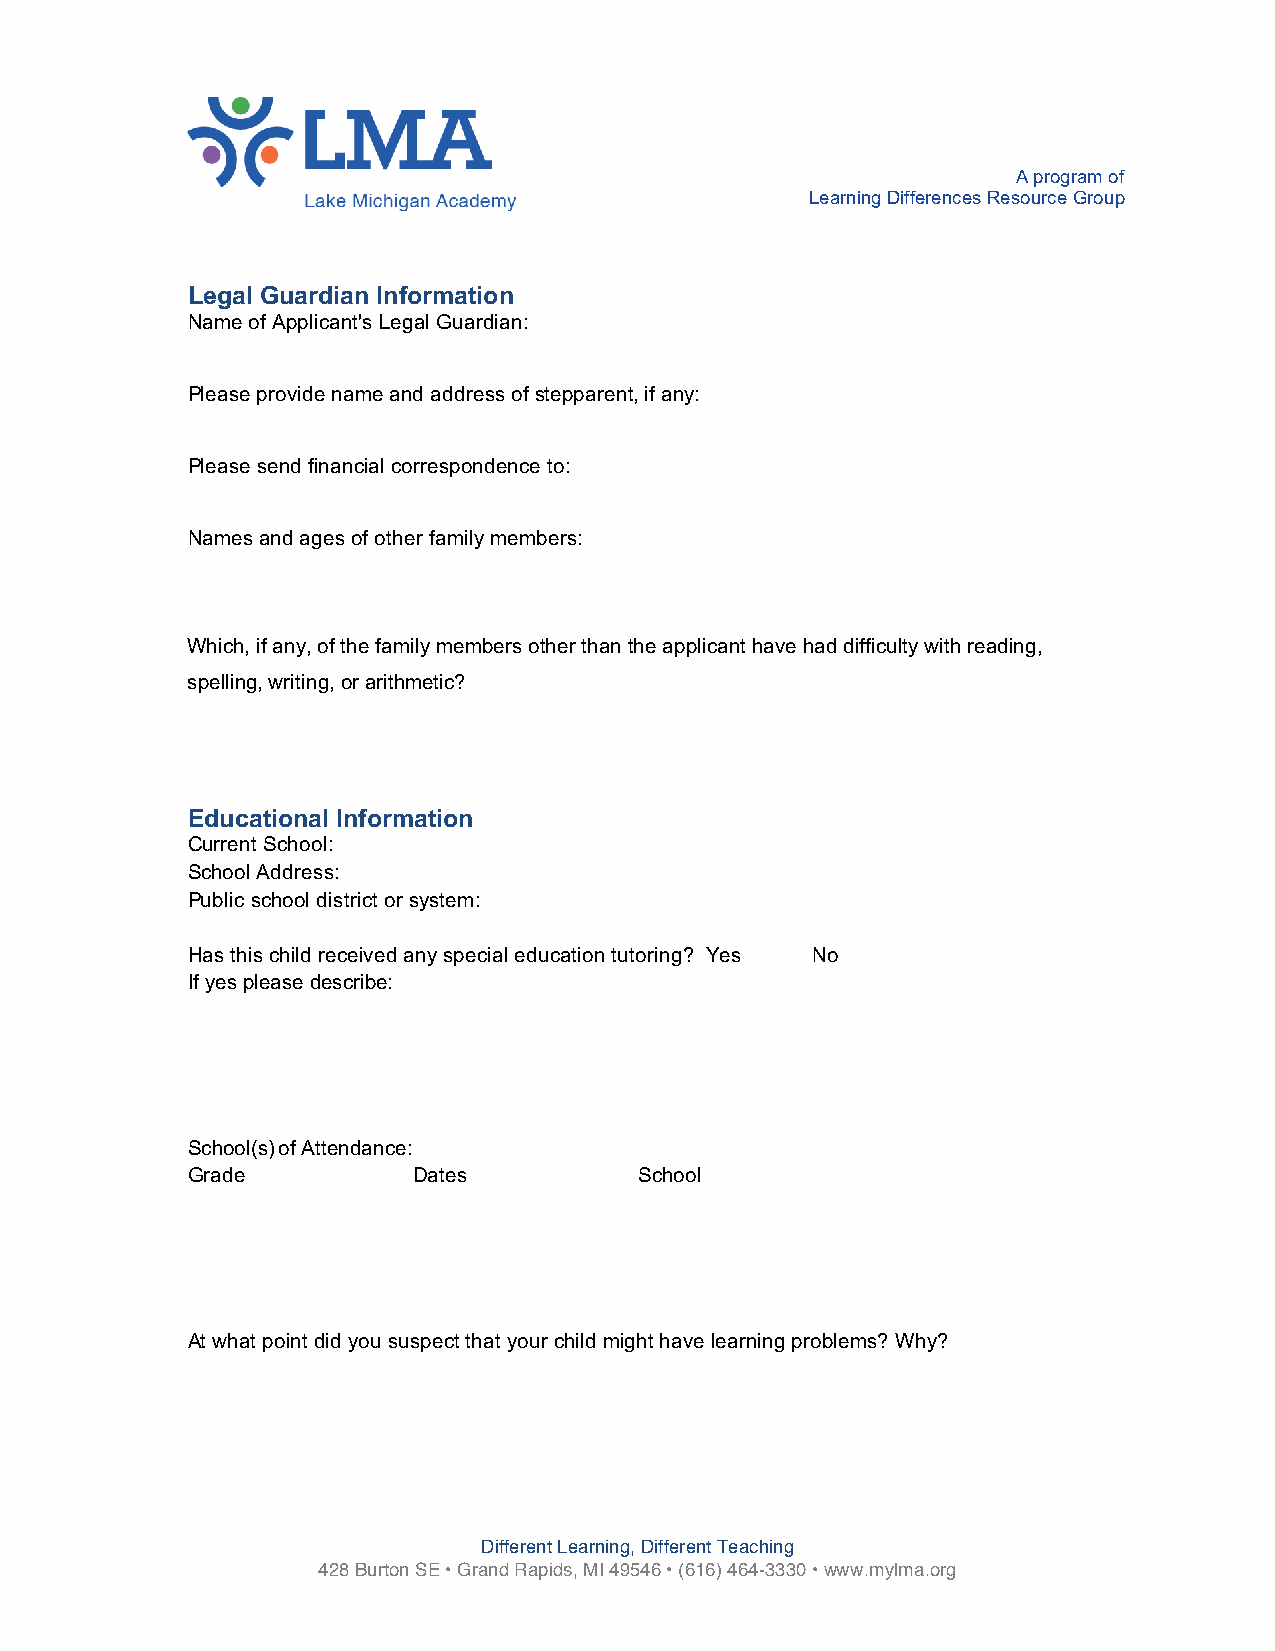
A program of
 Learning Differences Resource Group
 Legal Guardian Information
 Name of Applicant's Legal Guardian:
 _____________________________________________________________________________
 Please provide name and address of stepparent, if any:
 _____________________________________________________________________________
 Please send financial correspondence to:
 _____________________________________________________________________________
 Names and ages of other family members:
 _____________________________________________________________________________
 _____________________________________________________________________________
 Which, if any, of the family members other than the applicant have had difficulty with reading,
 spelling, writing, or arithmetic?
 _____________________________________________________________________________
 _____________________________________________________________________________
 Educational Information
 Current School: ________________________________________________________________
 School Address: _______________________________________________________________
 Public school district or system:
 _____________________________________________________________________________
 Has this child received any special education tutoring? Yes____ No____
 If yes please describe:
 _____________________________________________________________________________
 _____________________________________________________________________________
 _____________________________________________________________________________
 _____________________________________________________________________________
 School(s) of Attendance:
 Grade          Dates          School
 _____________________________________________________________________________
 _____________________________________________________________________________
 _____________________________________________________________________________
 _____________________________________________________________________________
 At what point did you suspect that your child might have learning problems? Why?
 _____________________________________________________________________________
 _____________________________________________________________________________
 _____________________________________________________________________________
 _____________________________________________________________________________
 Different Learning, Different Teaching
 428 Burton SE • Grand Rapids, MI 49546 • (616) 464-3330 • www.mylma.org